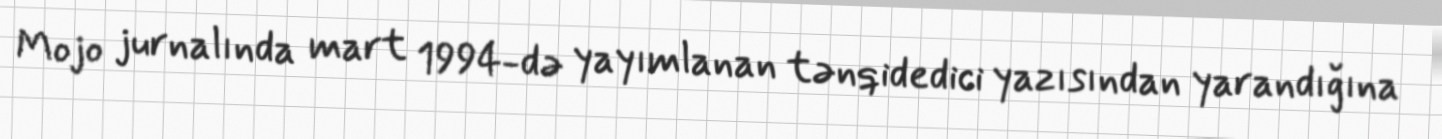
Mojo jurnalında mart 1994-də yayımlanan tənqidedici yazısından yarandığına